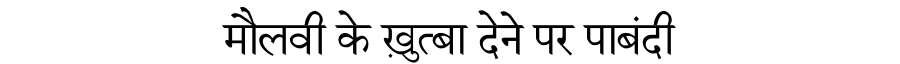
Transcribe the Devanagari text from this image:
मौलवी के ख़ुत्बा देने पर पाबंदी